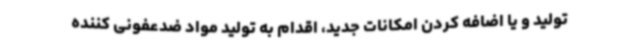
تولید و یا اضافه کردن امکانات جدید، اقدام به تولید مواد ضدعفونی کننده